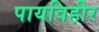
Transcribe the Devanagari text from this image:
पायविहीर